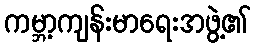
ကမ္ဘာ့ကျန်းမာရေးအဖွဲ့၏